Calcutta medical institutions reports 1879-81 [i.e.91]
Year: 1879
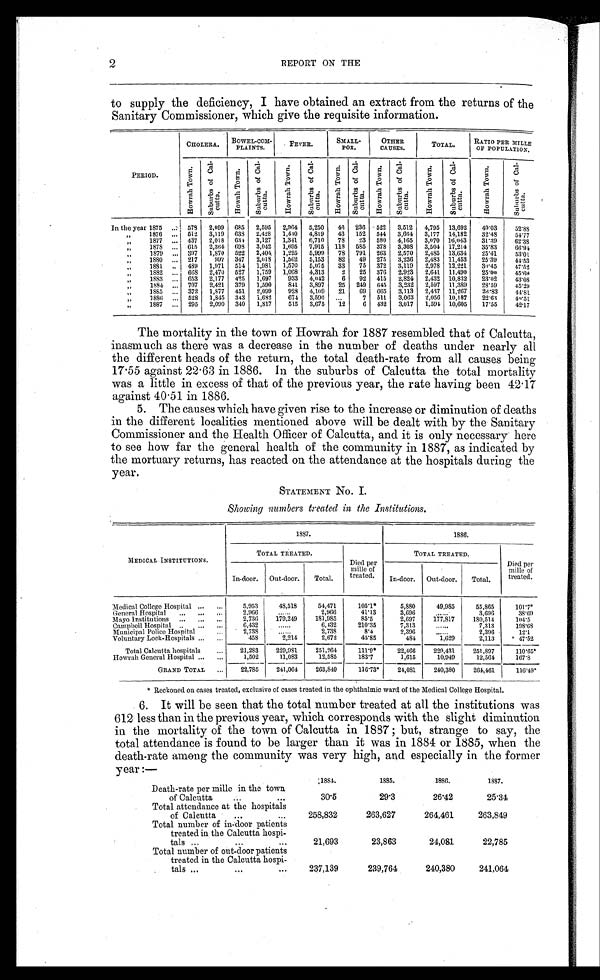
2
REPORT ON THE
to supply the deficiency, I have obtained an extract from the returns of the
Sanitary Commissioner, which give the requisite information.
PERIOD.
CHOLERA. BOWEL-COM-
PLAINTS
FEVER.
SMALL-
POX.
OTHER
CAUSES.
TOTAL.
RATIO PER MILLE
OF POPULATION.
H o w r a h T o w n .
S u b u r b s o f C a l - c u t t a .
H o w a h T o w n .
Subur bs of Ca l - c ut t a .
H o w r a h T o w n .
S u b u r b s o f C a l - c u t t a .
H o w r a h T o w n . S u b u r b s o f C a l - c u t t a .
H o w r a h T o w n . S u b u r b s o f C a l - c u t t a .
Ho wr a h T o wn .
S u b u r b s o f C a l - c u t t a .
H o w r a h T o w n .
S u b u r b s o f C a l - c u t t a .
In the year 1875 ... 578 2,099 685 2,595 2,964 5,250
46 236 -522 3,512 4,795 13,692
49.03
52.88
"
1876 ... 512 3,119 638 2,428 1,410 4,819
43 152 544 3,664 3,177 14,182
32.48
54.77
"
1877 ... 437 2,018 634 3,127 1,341 6,710
78 23 580 4,165 3,070 16,043
31.39
62.38
"
1878 ... 615 2,364 698 3,042 1,695 7,915 118 585 378 3,308 3,504 17,214
35.83
66.94
"
1879 ... 397 1,870 522 2,404 1,225 5,999
78 791 263 2,570 2,485 13,634
25.41
53.01
"
1880 ... 217
997 347 2,018 1,562 5,153
82
49 275 3,236 2,483 11,453
25.39
44.53
"
1881 .. 489 1,971 514 1,981 1,570 5,075
33
75 372 3,119 2,978 12,221
30.45
47.52
"
1882 ... 668 2,470 527 1,759 1,068 4,313
2
25 376 2,923 2,641 11,490 25.00
45.69
"
1883 ... 653 2,177 425 1,697
933 4,042
6
92 415 2,824 2,432 10,832
23.02
43.08
" 1884
707 2,421 379 1,590
841 3,897
25 249 645 3,232 2,597 11,389
28.59
45.29
" 1885 ... 372 1,877 451 2,099
928 4,109 21
69 665 3,113 2,437 11,267
26.83
44.81
"
1886 ... 528 1,845 343 1,682
674 3,590 ...
7 511 3,063 2,056 10,187
22.63
40.51
"
1887
295 2,090 340 1,817
515 3,675
12
6 432 3,017 1,594 10,605
17.55
42.17
The mortality in the town of Howrah for 1887 resembled that of Calcutta,
inasmuch as there was a decrease in the number of deaths under nearly all
the different heads of the return, the total death-rate from all causes being
17.55 against 22.63 in 1886. In the suburbs of Calcutta the total mortality
was a little in excess of that of the previous year, the rate having been 42.17
against 40.51 in 1886.
5. The causes which have given rise to the increase or diminution of deaths
in the different localities mentioned above will be dealt with by the Sanitary
Commissioner and the Health Officer of Calcutta, and it is only necessary here
to see how far the general health of the community in 1887, as indicated by
the mortuary returns, has reacted on the attendance at the hospitals during the
year.
STATEMENT No. I.
Showing numbers treated in the Institutions.
MEDICAL INSTITUTIONS.
1887.
1886.
TOTAL TREATED.
Died per
mille of
treated.
TOTAL TREATED.
Died per
mille of
treated.
In-door. Out-door.
Total.
In-door. Out-door.
Total.
Medical College Hospital ... ...
5,953
48,518
54,471
105.1*
5,880
49,985
55,865
101.7*
General Hospital
... ... ...
2,966
2,966
41.13
3,696
3,696
38.69
Mayo Institutions ... ... ...
2,736
179,249
181,985
85.5
2,697
177,817
180,514
104.5
Campbell Hospital .. ... ...
6,432
......
6,432
210.35
7,313
......
7,313
198.68
Municipal Police Hospital...
2,738
......
2,738
8.4
2,396
......
2,396
12.1
Voluntary Lock-Hospitals ...
...
458
2,214
2,672
45.85
484
1,629
2,113
47.52
Total Calcutta hospitals
...
21,283
229,981
251,264
111.9*
22,466
229,431
251,897
110.65*
Howrah General Hospital ...
...
1,502
11,083
12,585
183.7
1,615
10,949
12,564
167.8
GRAND TOTAL ...
22,785
241,064
263,849
116.73*
24,081
240,380
264,461
1 1 6 . 4 9 *
* Reckoned on cases treated, exclusive of cases treated in the ophthalmic ward of the Medical College Hospital.
6. It will be seen that the total number treated at all the institutions was
612 less than in the previous year, which corresponds with the slight diminution
in the mortality of the town of Calcutta in 1887 ; but, strange to say, the
total attendance is found to be larger than it was in 1884 or 1885, when the
death-rate among the community was very high, and especially in the former
year :—
1884.
1885.
1886.
1887.
Death-rate per mille in the town
of Calcutta...
...
30.5
29.3
26.42
25.34
Total attendance at the hospitals
of Calcutta
...
...
258,832
263,627
264,461
263,849
Total number of in-door patients
treated in the Calcutta hospi-
tals ......
...
21,693
23,863
24,081
22,785
Total number of out-door patients
treated in the Calcutta hospi-
tals ...... ...
237,139
239,764
240,380
241,064